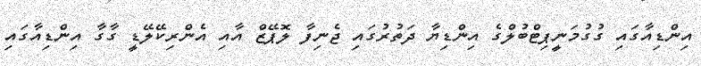
އިންޑިއާގައި ގުގުމަނީޕިޓްބުލްގެ އިންޑިޔާ ދަތުރުގައި ޖެނިފާ ލޮޕޭޒް އާއި އެންރިކޭލޭޑީ ގާގާ އިންޑިއާގައި